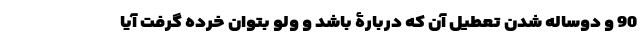
90 و دوساله شدن تعطیل آن که دربارۀ باشد و ولو بتوان خرده گرفت آیا